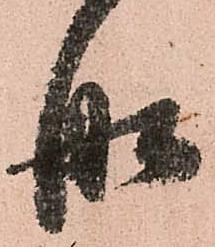
舩